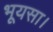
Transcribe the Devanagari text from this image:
भूयसा।